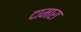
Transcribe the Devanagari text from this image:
दामारा